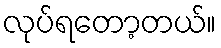
လုပ်ရတော့တယ်။